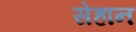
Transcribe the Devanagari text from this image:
सेहान